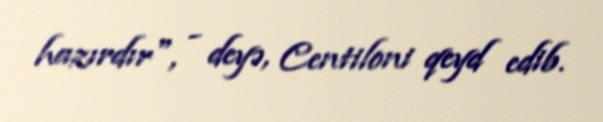
hazırdır", - deyə, Centiloni qeyd edib.